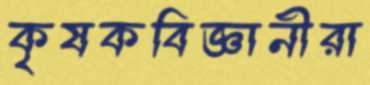
কৃষকবিজ্ঞানীরা